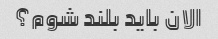
الان باید بلند شوم؟